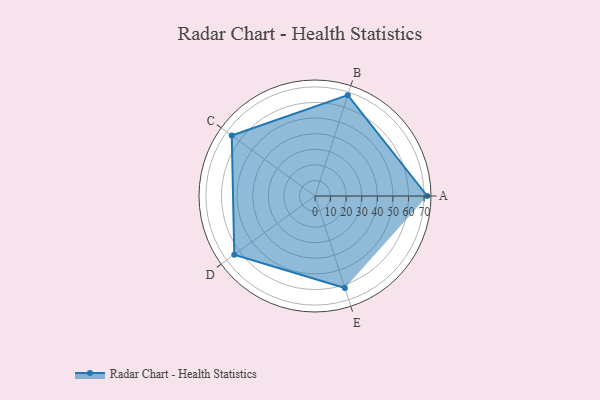
{"axis": {"x": "Skill", "y": "Score"}, "legend": ["Profile"], "data": [{"x": "A", "y": 72.0, "type": "Profile"}, {"x": "B", "y": 68.0, "type": "Profile"}, {"x": "C", "y": 66.0, "type": "Profile"}, {"x": "D", "y": 64.0, "type": "Profile"}, {"x": "E", "y": 62.0, "type": "Profile"}]}